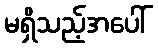
မရှိသည့်အပေါ်